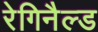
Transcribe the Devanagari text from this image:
रेगिनैल्ड